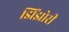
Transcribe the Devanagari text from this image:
झिंझोरी